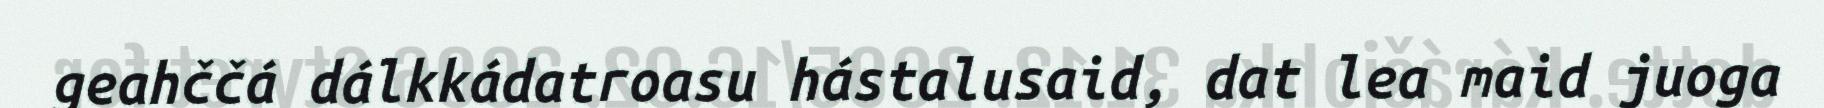
geahččá dálkkádatroasu hástalusaid, dat lea maid juoga